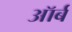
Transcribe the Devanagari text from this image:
ऑर्ब